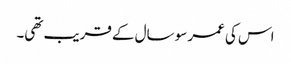
اس کی عمر سو سال کے قریب تھی۔